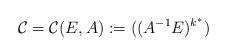
LaTeX: \begin{align*}\mathcal{C}= \mathcal{C}(E,A) := ((A^{-1}E)^{k^{*}})\end{align*}